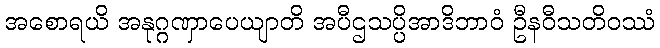
အစောရယိ အနုဂ္ဂဏှာပေယျာတိ အပီဌသပ္ပိအာဒိဘာဝံ ဦနဝီသတိဝဿံ